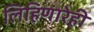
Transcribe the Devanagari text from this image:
लिहिणारेही